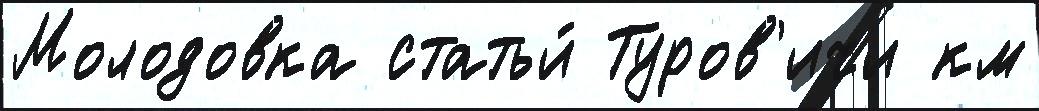
Молодовка статьи́ Туров'ичи км